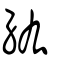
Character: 紘